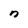
Character: n